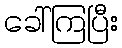
ခေါ်ကြပြီး